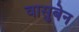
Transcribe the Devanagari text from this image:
वासुबेन